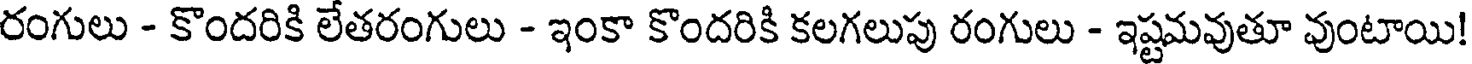
రంగులు - కొందరికి లేతరంగులు - ఇంకా కొందరికి కలగలుపు రంగులు - ఇష్టమవుతూ వుంటాయి